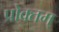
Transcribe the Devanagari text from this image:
प्रोक्तम्